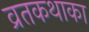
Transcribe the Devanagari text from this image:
व्रतकथाका